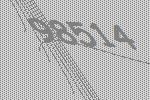
98514